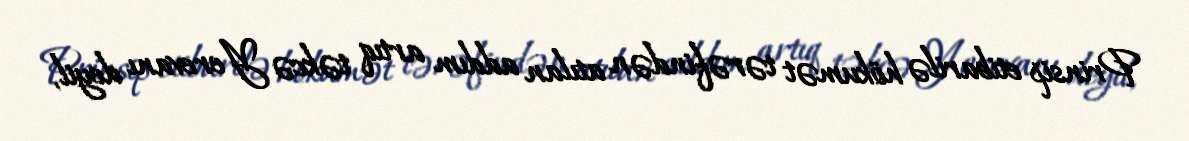
Prinsip etibarilə hökumət tərəfindən atılan addım artıq təkcə Yerevanı deyil,